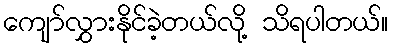
ကျော်လွှားနိုင်ခဲ့တယ်လို့ သိရပါတယ်။